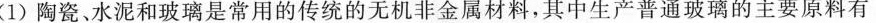
(1)陶瓷、水泥和玻璃是常用的传统的无机非金属材料，其中生产普通玻璃的主要原料有